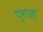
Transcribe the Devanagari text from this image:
पुशओं